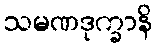
သမဏဒုက္ခာနိ